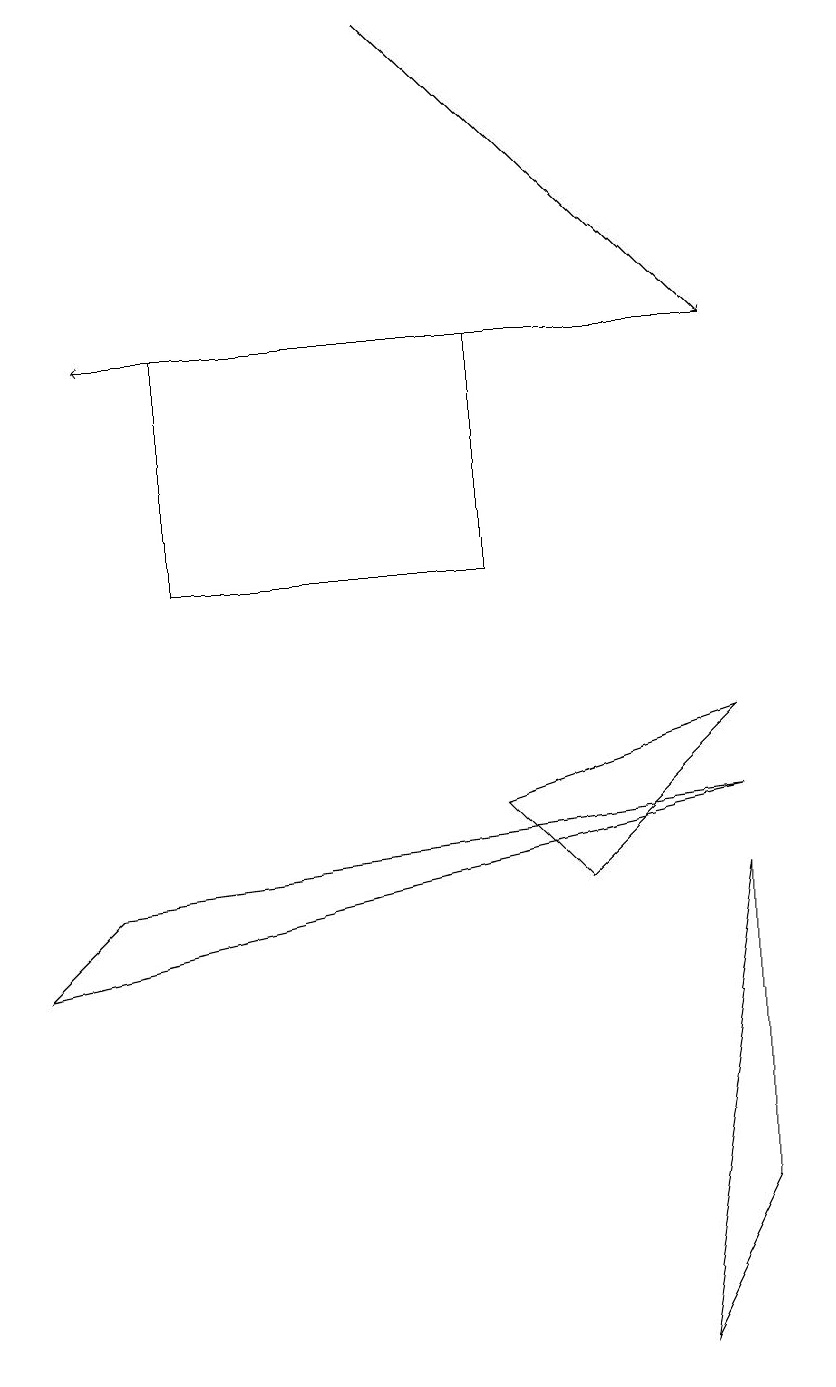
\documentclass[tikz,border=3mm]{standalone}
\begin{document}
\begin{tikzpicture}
\draw (9,3) -- (8,1) -- (9,7) -- cycle;
\draw (6,8) -- (7,7) -- (9,9) -- cycle;
\draw[->] (9,14) -- (1,14);
\draw (6,11) rectangle (2,14);
\draw (0,6) -- (1,7) -- (9,8) -- cycle;
\draw[->] (5,18) -- (9,14);
\draw (10,11) circle (0);
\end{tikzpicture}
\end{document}